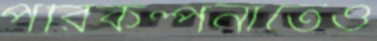
পরিকল্পনাতেও